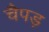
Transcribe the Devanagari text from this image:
चैपड़